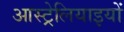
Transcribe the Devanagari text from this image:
आस्ट्रेलियाइयों